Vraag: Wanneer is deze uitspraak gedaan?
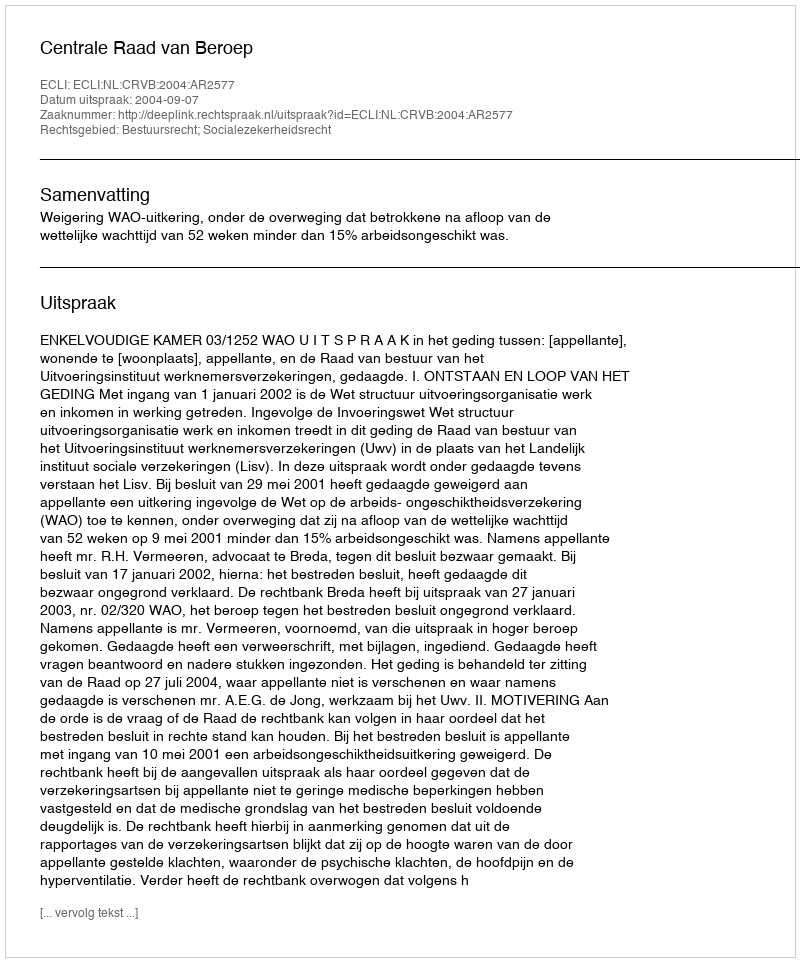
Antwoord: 2004-09-07